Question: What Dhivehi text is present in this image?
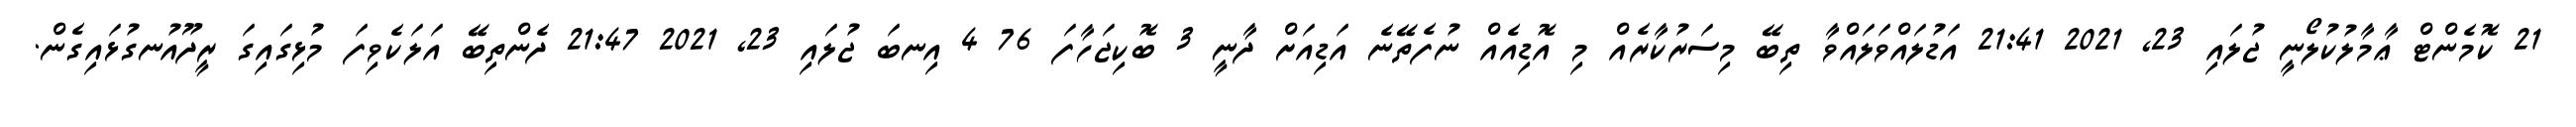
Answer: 21 ކޮމެންޓް ޢާމާލުކުލޯނީ ޖުލައި 23, 2021 21:41 އަޑުލައްވަލައްވާ ތިބޭ މިސަރުކާރެއް މި އޮޑިއެއް ނުފެތޭނެ އަޑިއަށް ދާނީ 3 ބޮކިޖަހާފަ 76 4 އިނބަ ޖުލައި 23, 2021 21:47 ދެންތިބޭ އަލަކެވިފަ މުޅިގައިގަ ރީދޫއުނގުޅައިގެން.